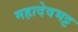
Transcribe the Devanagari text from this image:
महादेवभट्ट